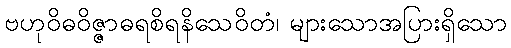
ဗဟုဝိဓဝိဇ္ဇာဓရစိရနိသေဝိတံ၊ များသောအပြားရှိသော